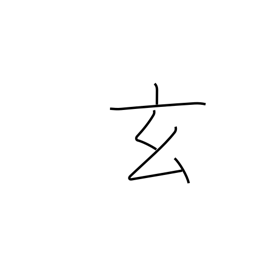
Meaning: occultness